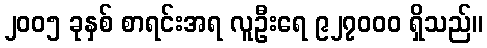
၂၀၀၅ ခုနှစ် စာရင်းအရ လူဦးရေ ၉၂၇၀၀၀ ရှိသည်။